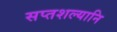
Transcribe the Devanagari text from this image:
सप्तशल्यानि